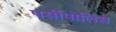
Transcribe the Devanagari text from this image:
पर्सीपोलिस